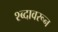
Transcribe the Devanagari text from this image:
श्ब्दावरून